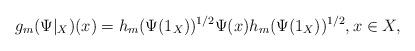
LaTeX: \begin{align*}g_m(\Psi|_X)(x)=h_m(\Psi(1_X))^{1/2}\Psi(x)h_m(\Psi(1_X))^{1/2},x\in X,\end{align*}